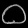
Digit: ၀